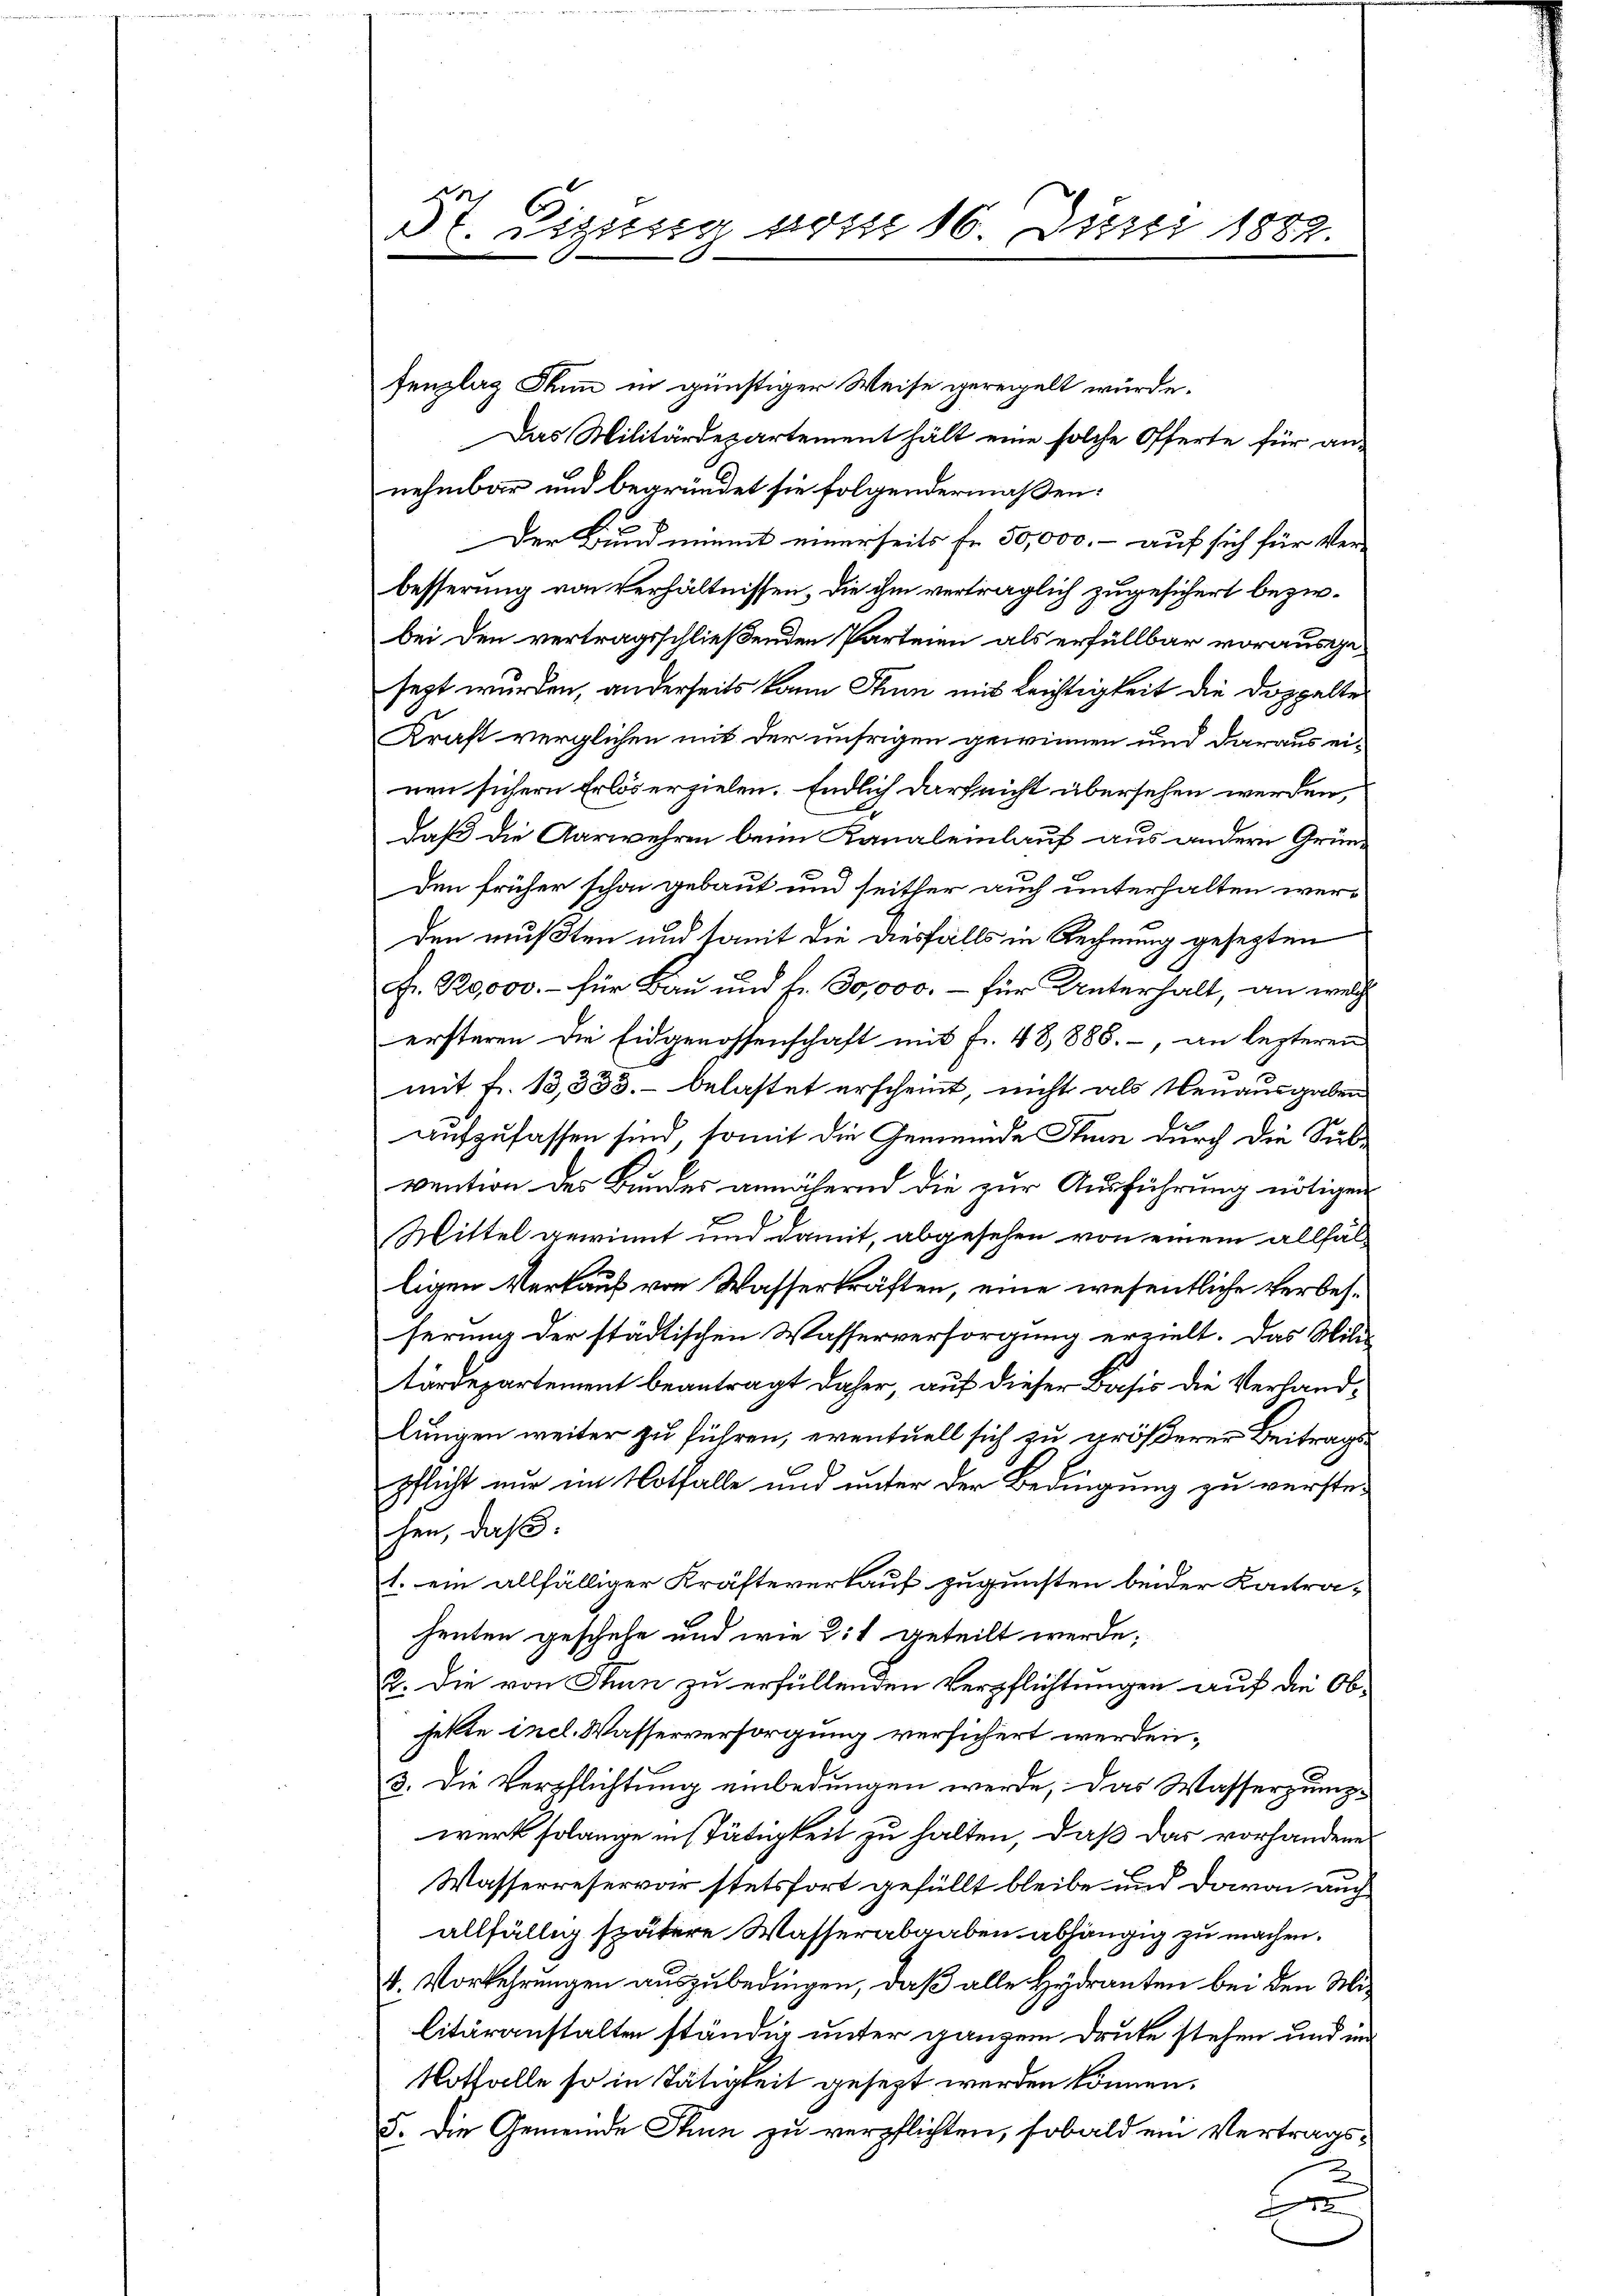
dt. Sigung vom 16. Juni 1882.

fenzlag dann in günstiger Weise geregelt würde.
Das Militärdepartement hält eine solche Offerte für annehmbar und begründet sie folgendermassen:
Der Bund minnt einerseits fr. 50,000.- auf sich für Ver-
besserung von Verhältnissen, die ihm verträglich zugesichert bezirbei den vertragsschließenden Parteien als erfüllbar vorausgesezt wurden, anderseits kann Stum mit Leichtigkeit die Doppelter
Kraft verglichen mit der unsrigen gewinnen und daraus einen sichern Erlöserzielen. Endlich darf nicht übersehen werden,
daß die Aarwehren beim Kanalemlauf aus andern Grün-
den früher schon gebaut und seither auch unterhalten werden mußten und somit die diesfalls in Rechnung gesezten
Fr. 120000.- für Bau und fr. 30,000.- für Unterhalt, an welche
ersteren die Eidgenossenschaft mit fr. 48888. -, an lezteren
mit fr. 13,333. belastet erscheint, nicht als Neuausgaben
aufzufassen sind, somit die Gemeinde Stumm durch die Subvention des Bundes annähernd die zur Ausführung nötigen
Mittel gewinnt und damit, abgesehen von einem allfälligen Verkauf von Wasserkräften, eine wesentliche Verbesferung der städtischen Wasserversorgung erzielt. Das Mili
tärdepartement beantragt daher, auf dieser Basis die Verhandlungen weiter zu führen, eventuell sich zu größerer Beitragspflicht nur im Notfalle und unter der Bedingung zu verste-
hen, daß:
1. ein allfälliger Kräfteverkauf zugunsten beider Kontraheuten geschehe und wie dit geteilt werde;
2. Die von Thun zu erfüllenden Verpflichtungen auf die Obfekte incl. Wasserversorgung versichert werden.
3. Die Verpflichtung einbedungen werde, das Wasserpump-
werk solange in stätigkeit zu halten, daß das vorhandene
Wasserreservar stetsfort gefüllt bleibe und davon auch
allfällig spätere Wasserabgaben abhängig zu machen.
4. Vorkehrungen auszubedingen, daß alle Hydranten bei den Militäranstalten ständig unter ganzem Druke stehen und im
Notfalle so in Tätigkeit gesezt werden können.
5. Die Gemeinde Thun zu verpflichten, sobald ein Vertrags¬
E